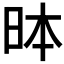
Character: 𪰐